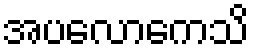
အပလောကေသိ